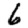
Digit: 6